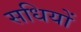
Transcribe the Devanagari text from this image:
सधियों